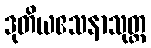
ဒုတိယဧသနာသုတ္တ